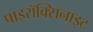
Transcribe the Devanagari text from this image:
पाइरॉक्सिनाइट